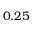
0 . 2 5